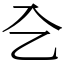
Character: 㐈